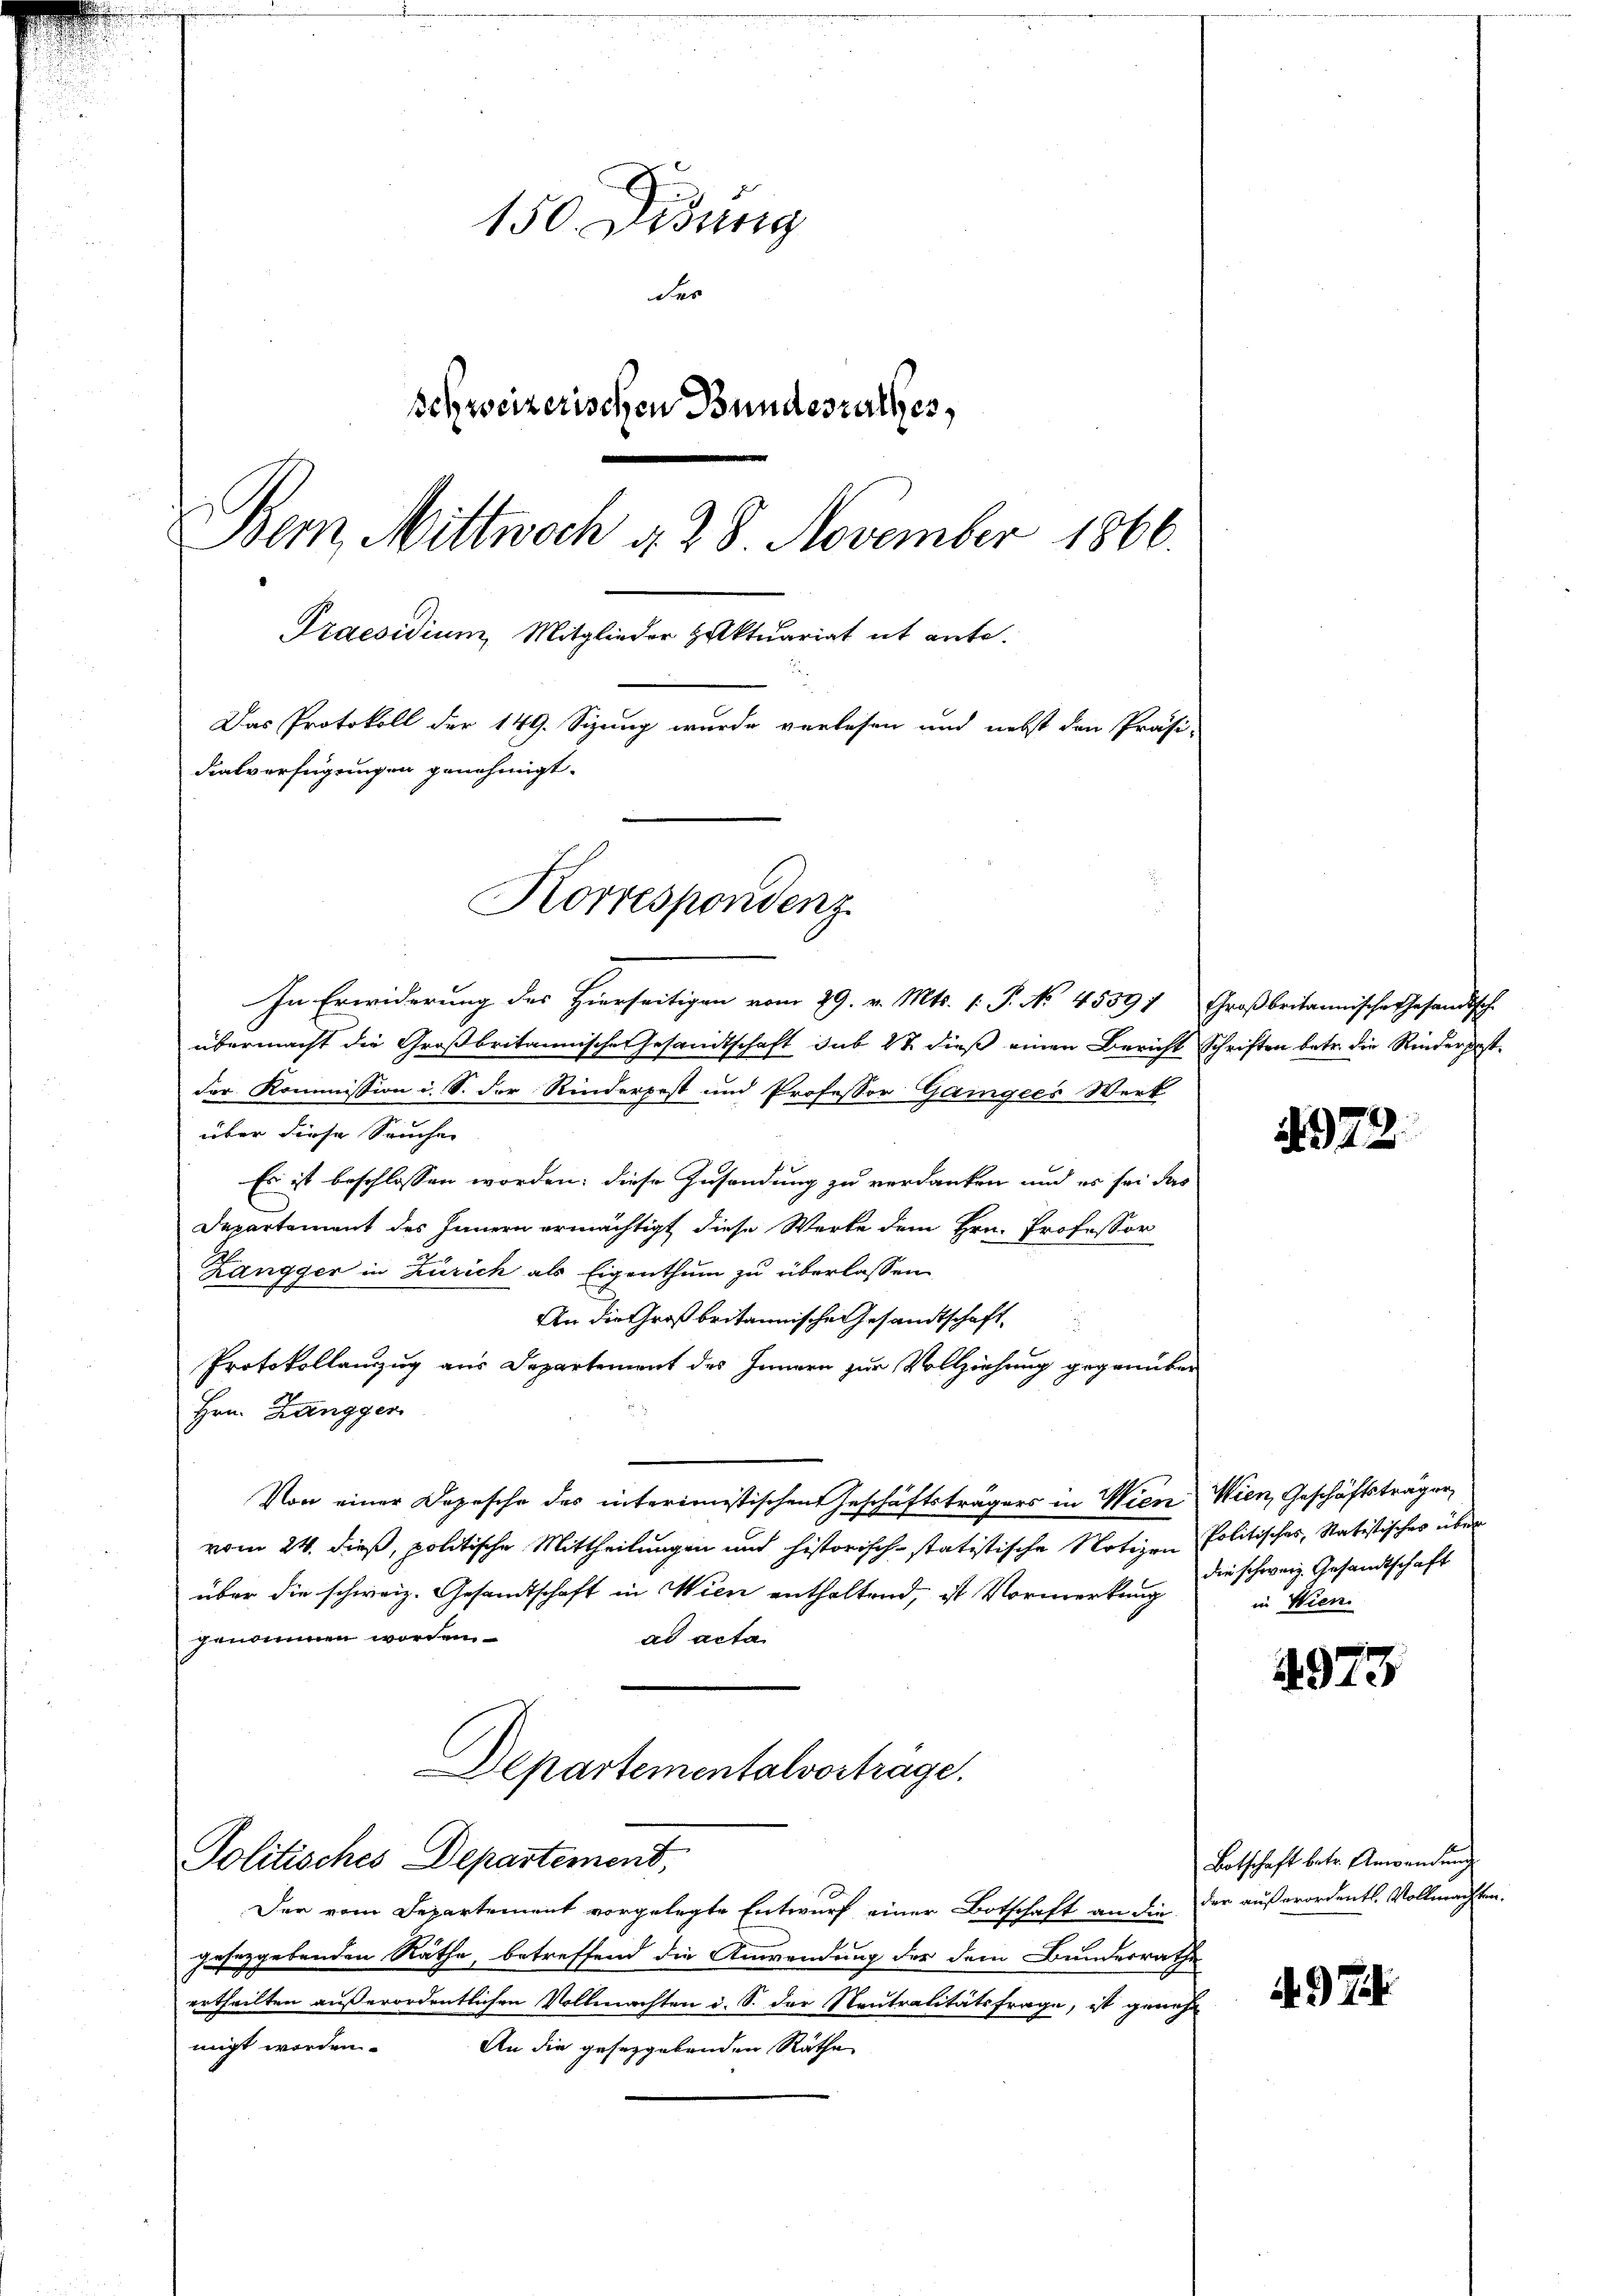
150 Didung
der
schweizerischen Bundesrathes,
Bem, Mittwoch d. 28. November 1866.
Praesidium, Mitglieder zuktuariat it ante.
Das Protokoll der 149. Sizung wurde verlesen und nebst den Präsi-
dialverfügungen genehmigt.
Korrespondenz.

übermacht die Großbritannische Gesandtschaft sub 27 dieß einen Bericht Schriften betr. die Rinderpestder Kommission i. S. der Rinderpost und Professor Gangees Werk
über diese Seuchen
Es ist beschlossen worden; diese Zusendung zu verdanken und es sei das
Departement des Innern ermächtigt diese Werte dem Hrn. Professor
Langger in Zürich als Eigenthum zu überlassen
An die Großbritannische Gesandtschaft,
Protokollanzug aus Departement des Innern zur Vollziehung gegenüber
Hrn. Zangger
Von einer Depesche des interimistischen Geschäftsträgers in Wien Wien, Geschäftsträger
vom 24. dieß, politische Mittheilungen und historisch-statistische Notizen Politisches, Statistisches über
über die schweiz. Gesandtschaft in Wien enthaltend, ist Vormerkung
genommen worden.
ad acta
Departementalvorträge.

Politisches Departement,

In Erwiderung des Hierseitigen vom 29. v. Mts. 1. P. No 4559) Großbritannisches Gesandtsche

Der vom Departement vorgelegte Entwurf einer Botschaft an die der außerordentl. Vollmachten.
Jusezgebenden Räthe, betreffend die Anwendung der dem Bundesrathe
ertheilten außerordentlichen Vollmachten i. S. der Neutralitätsfrage, ist geneh
migt worden.
An die geseggebenden Räthe

492

die schweiz. Gesandtschaft
in Wien.

1973

Botschaft betr. Anwendung

4.7.